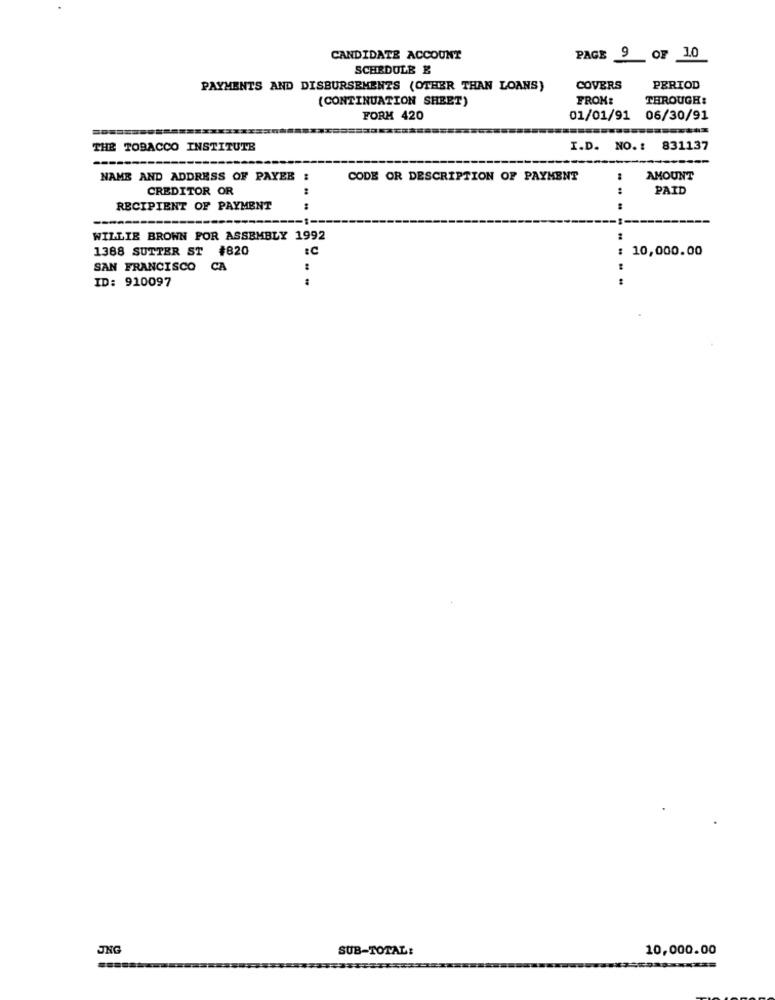
CANDIDATE ACCOUNT
PAGE 9 OF 10
SCHEDULE E
PAYMENTS AND DISBURSEMENTS (OTHER THAN LOANS)
COVERS
PERIOD
(CONTINUATION SHEET)
FROM:
THROUGH:
FORM 420
01/01/91 06/30/91
THE TOBACCO INSTITUTE
I.D. NO. : 831137
NAME AND ADDRESS OF PAYER :
CODE OR DESCRIPTION OF PAYMENT
:
AMOUNT
CREDITOR OR
PAID
RECIPIENT OF PAYMENT
-- 1-
...
WILLIE BROWN FOR ASSEMBLY 1992
:
1388 SUTTER ST #820
: 10,000.00
:C
SAN FRANCISCO
CA
ID: 910097
...
JNG
SUB-TOTAL:
10,000.00